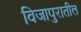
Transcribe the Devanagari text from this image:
विजापुरातील